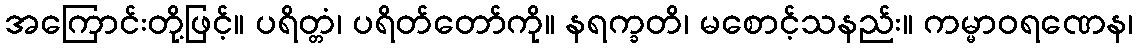
အကြောင်းတို့ဖြင့်။ ပရိတ္တံ၊ ပရိတ်တော်ကို။ နရက္ခတိ၊ မစောင့်သနည်း။ ကမ္မာဝရဏေန၊